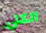
الكلي